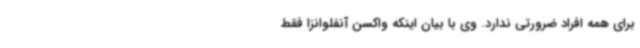
برای همه افراد ضرورتی ندارد. وی با بیان اینکه واکسن آنفلوانزا فقط